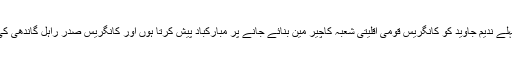
مولانا سید ارشد مدنی نے ندیم جاوید کی تقرری پر کہا کہ میں سب سے پہلے ندیم جاوید کو کانگریس قومی اقلیتی شعبہ کاچیر مین بنائے جانے پر مبارکباد پیش کرتا ہوں اور کانگریس صدر راہل گاندھی کی اس بات کے لئے ستائش کرتا ہوں کہ انہوں نے ایک اچھا فیصلہ لیا ہے۔